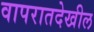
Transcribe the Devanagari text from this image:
वापरातदेखील